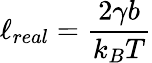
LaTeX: \ell_{real}=\frac{2\gamma b}{k_{B}T}